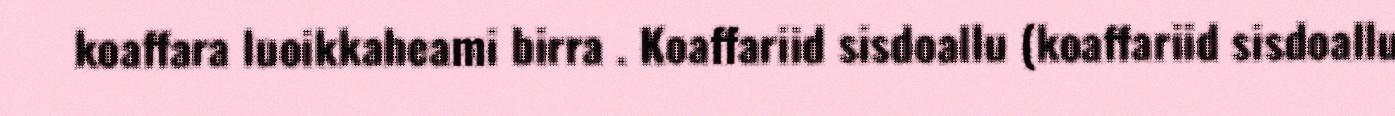
koaffara luoikkaheami birra . Koaffariid sisdoallu (koaffariid sisdoallu